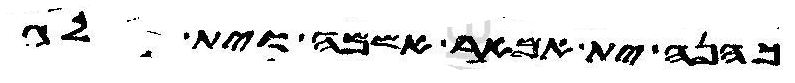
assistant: כהנה ית אמאר אשמה וית לג